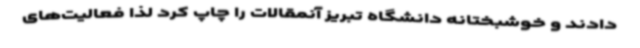
دادند و خوشبختانه دانشگاه تبریز آنمقالات را چاپ کرد لذا فعالیت‌های